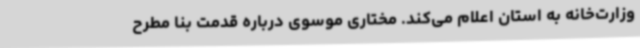
وزارت‌خانه به استان اعلام می‌کند. مختاری موسوی درباره قدمت بنا مطرح